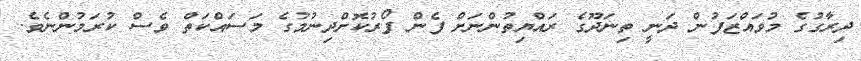
ދިރާގުގެ މުވައްޒަފުން ދަނީ ތިނަދޫގެ ރައްޔިތުންނަށް ފެން ފޯރުކޮށްދިނުމުގެ މަސައްކަތް ވެސް ކުރަމުންނެވެ.